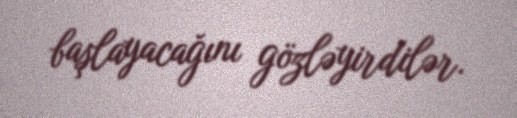
başlayacağını gözləyirdilər.